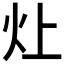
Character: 𬉷